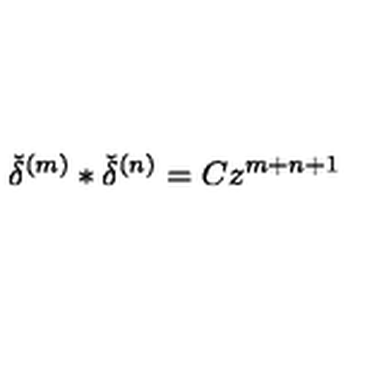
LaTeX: { \check { \delta } } ^ { ( m ) } \ast { \check { \delta } } ^ { ( n ) } = C z ^ { m + n + 1 }